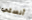
آنستي